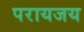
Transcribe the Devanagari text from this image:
परायजय